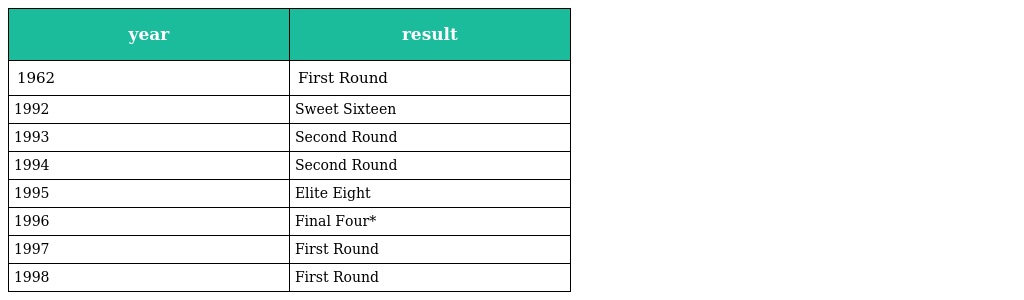
| year | result |
 | --- | --- |
 | 1962 | First Round |
 | 1992 | Sweet Sixteen |
 | 1993 | Second Round |
 | 1994 | Second Round |
 | 1995 | Elite Eight |
 | 1996 | Final Four* |
 | 1997 | First Round |
 | 1998 | First Round |